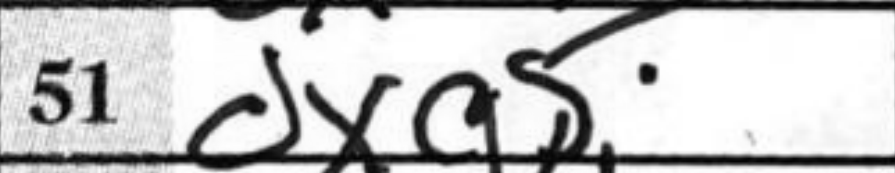
Transcription: dxg5